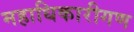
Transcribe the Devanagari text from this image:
महाधिकारीगण